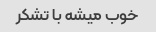
خوب میشه با تشکر